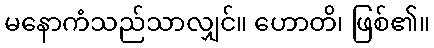
မနောကံသည်သာလျှင်။ ဟောတိ၊ ဖြစ်၏။